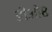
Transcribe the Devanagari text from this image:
डीओ८